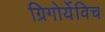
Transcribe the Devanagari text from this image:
ग्रिगोर्येविच